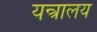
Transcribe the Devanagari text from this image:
यन्त्रालय